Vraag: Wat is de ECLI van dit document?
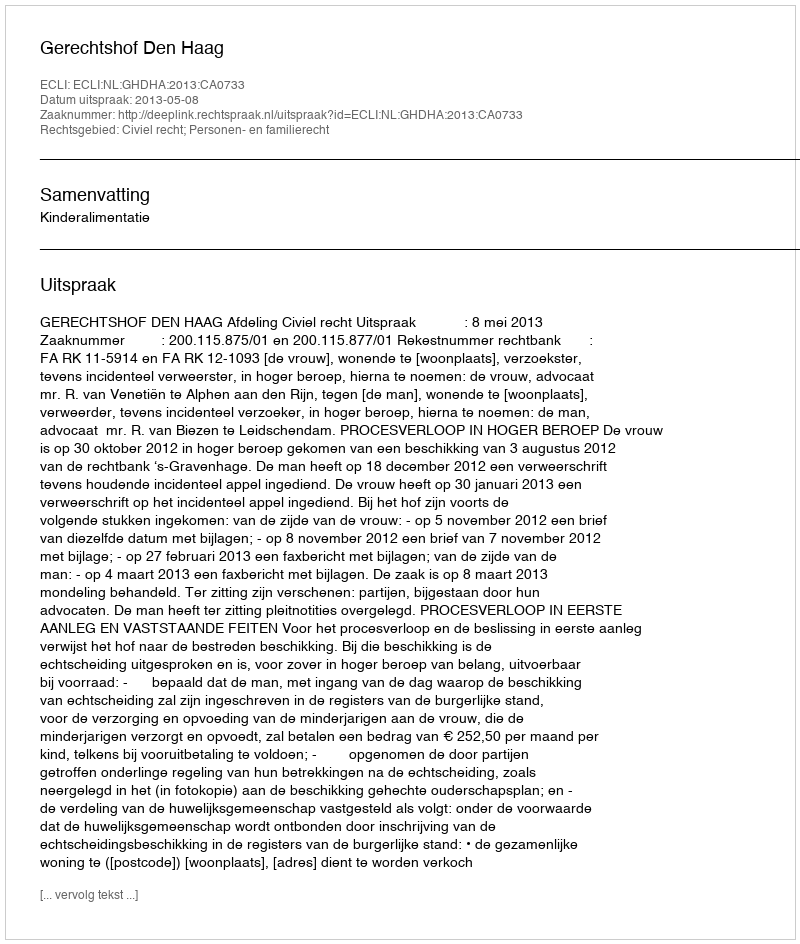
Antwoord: ECLI:NL:GHDHA:2013:CA0733